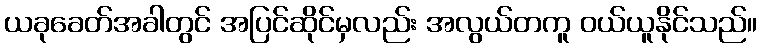
ယခုခေတ်အခါတွင် အပြင်ဆိုင်မှလည်း အလွယ်တကူ ဝယ်ယူနိုင်သည်။